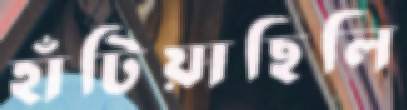
হাঁটিয়াছিলি